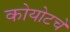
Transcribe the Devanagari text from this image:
कोयोटचे